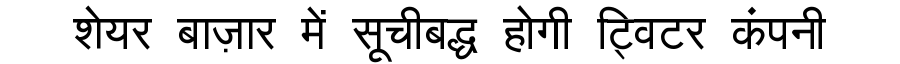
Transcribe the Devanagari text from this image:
शेयर बाज़ार में सूचीबद्ध होगी ट्विटर कंपनी